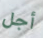
أجل